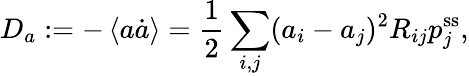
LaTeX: D_{a}:=-\left\langle a\dot{a}\right\rangle=\frac 12\sum_{i,j}(a_{i}-a_{j})^{2}R_{ij}p_{j}^{\mathrm{ss}},